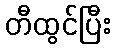
တီထွင်ပြီး